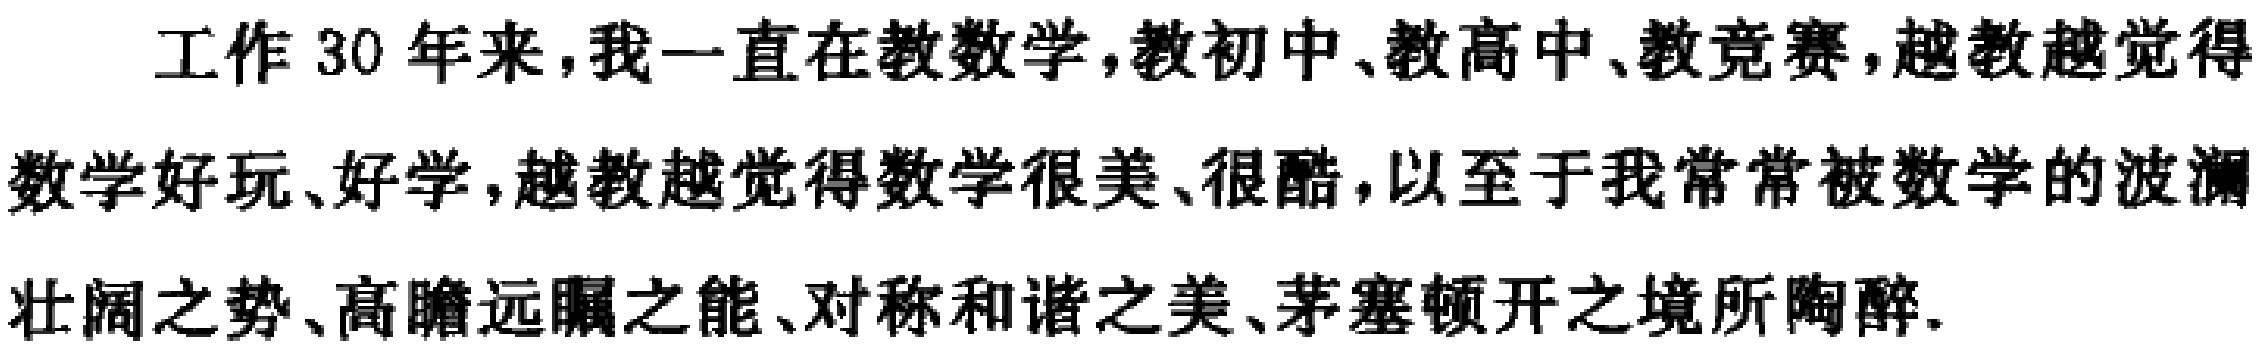
工作 30 年来，我一直在教数学，教初中、教高中、教竞赛，越教越觉得数学好玩、好学，越教越觉得数学很美、很酷，以至于我常常被数学的波澜壮阔之势、高瞻远瞩之能、对称和谐之美、茅塞顿开之境所陶醉.